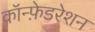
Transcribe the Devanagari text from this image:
कॉन्फ़ेडरेशन